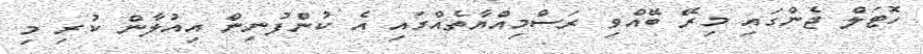
ހޮޓަލް ޖެންގައި މިރޭ ބޭއްވި ރަސްމިއްޔާތެއްގައި އެ ކުންފުނިން އިއުލާން ކުރި މި